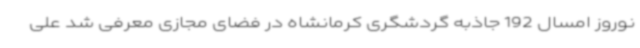
نوروز امسال 192 جاذبه گردشگری کرمانشاه در فضای مجازی معرفی شد علی